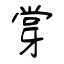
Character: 牚